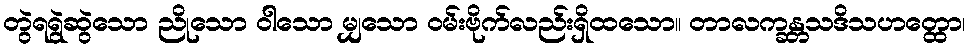
တွဲရရွဲဆွဲသော ညိုသော ဝါသော မျှသော ဝမ်းဗိုက်လည်းရှိထသော။ တာလက္ခန္တသဒိသဟတ္ထော၊